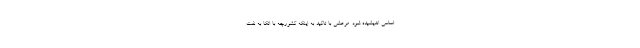
اساسی اندیشیده شود. مرعشی با تاکید به اینکه کشورچه با اتکا به نفت